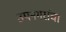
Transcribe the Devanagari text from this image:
उपनगरांचा